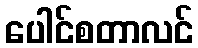
ပေါင်စတာလင်